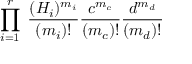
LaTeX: \prod _ { i = 1 } ^ { r } \; \frac { ( H _ { i } ) ^ { m _ { i } } } { ( m _ { i } ) ! } \frac { c ^ { m _ { c } } } { ( m _ { c } ) ! } \frac { d ^ { m _ { d } } } { ( m _ { d } ) ! }